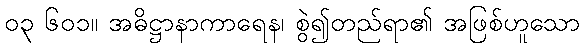
၀၃ ၆၀၁။ အဓိဋ္ဌာနာကာရေန၊ စွဲ၍တည်ရာ၏ အဖြစ်ဟူသော